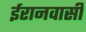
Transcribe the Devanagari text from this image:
ईरानवासी